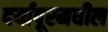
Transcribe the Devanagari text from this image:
दर्यापूरमधील